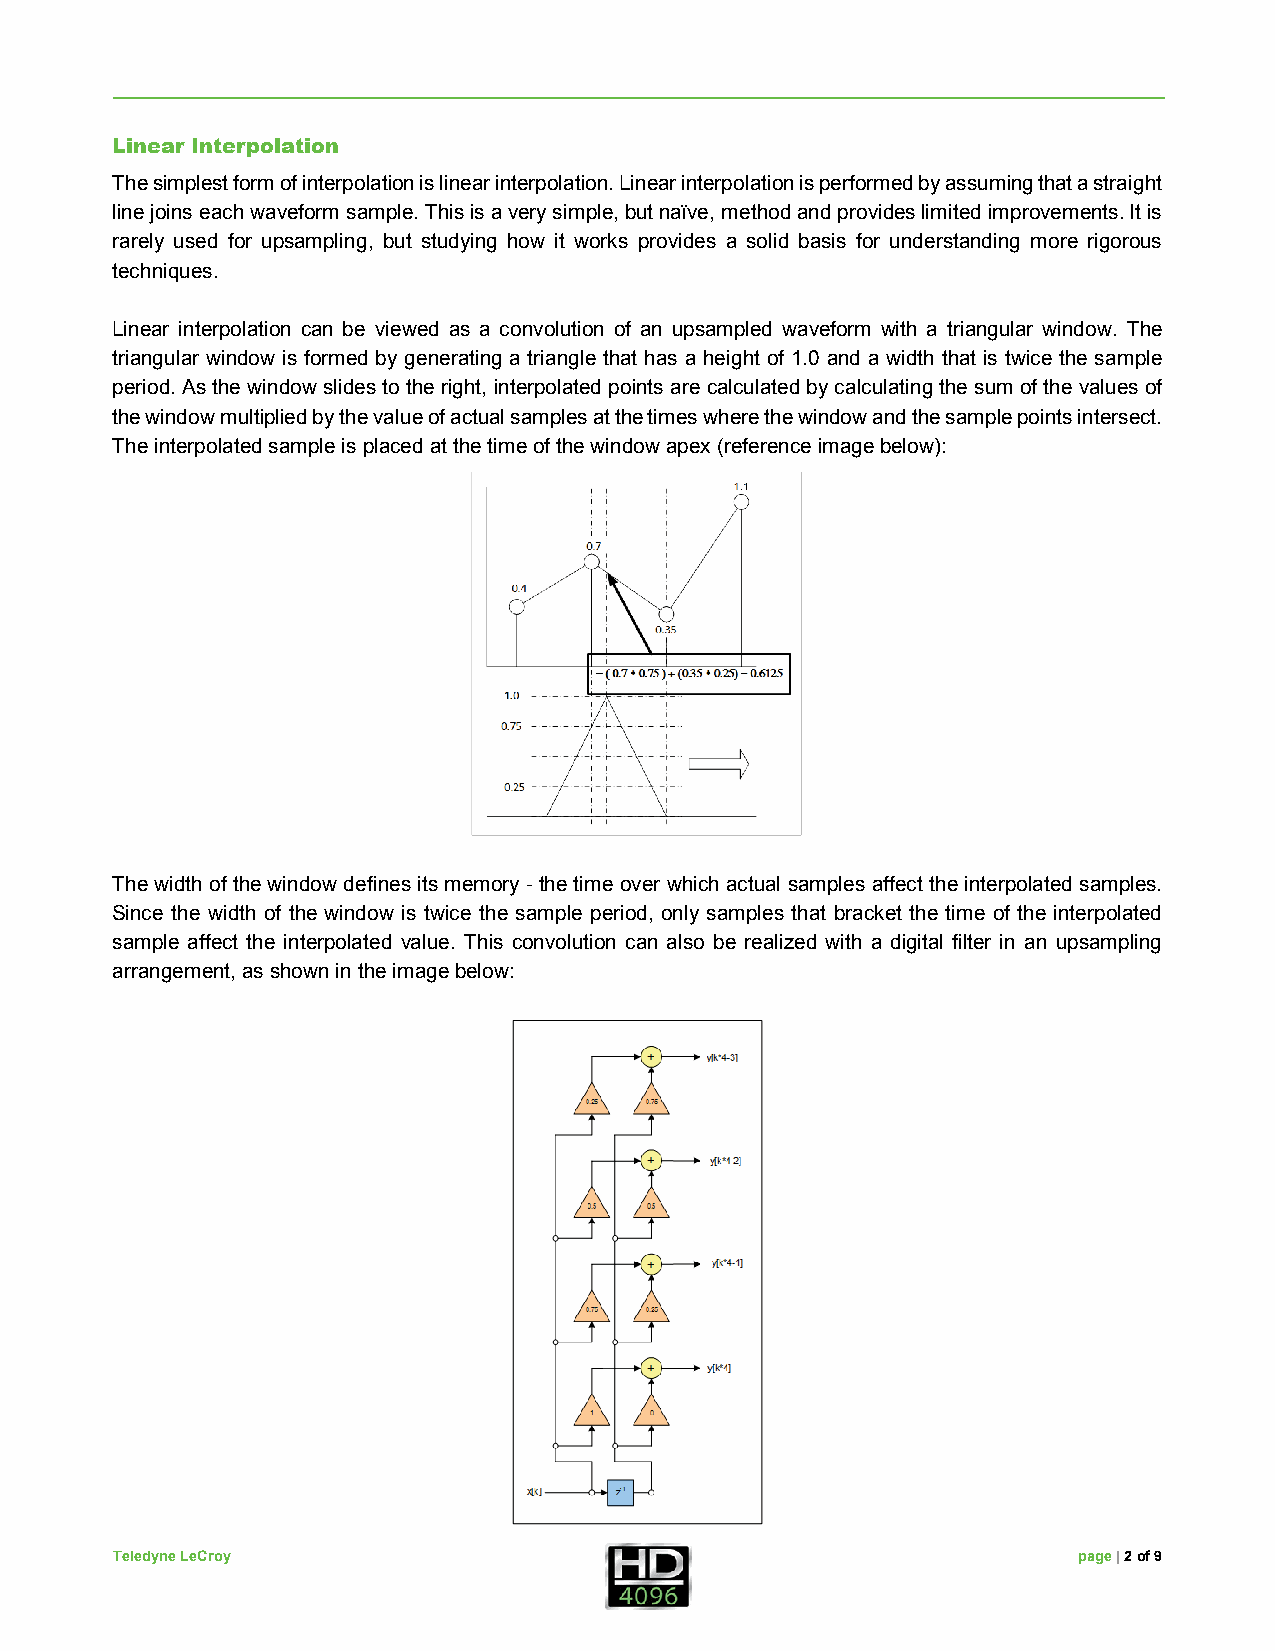
Linear Interpolation
 The simplest form of interpolation is linear interpolation. Linear interpolation is performed by assuming that a straight
 line joins each waveform sample. This is a very simple, but naïve, method and provides limited improvements. It is
 rarely used for upsampling, but studying how it works provides a solid basis for understanding more rigorous
 techniques.
 Linear interpolation can be viewed as a convolution of an upsampled waveform with a triangular window. The
 triangular window is formed by generating a triangle that has a height of 1.0 and a width that is twice the sample
 period. As the window slides to the right, interpolated points are calculated by calculating the sum of the values of
 the window multiplied by the value of actual samples at the times where the window and the sample points intersect.
 The interpolated sample is placed at the time of the window apex (reference image below):
 The width of the window defines its memory - the time over which actual samples affect the interpolated samples.
 Since the width of the window is twice the sample period, only samples that bracket the time of the interpolated
 sample affect the interpolated value. This convolution can also be realized with a digital filter in an upsampling
 arrangement, as shown in the image below:
 Teledyne LeCroy                                                 page | 2 of 9